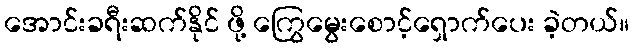
အောင်းခရီးဆက်နိုင် ဖို့ ကြွေမွေးစောင့်ရှောက်ပေး ခဲ့တယ်။